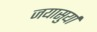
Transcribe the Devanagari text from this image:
जयासुर्या